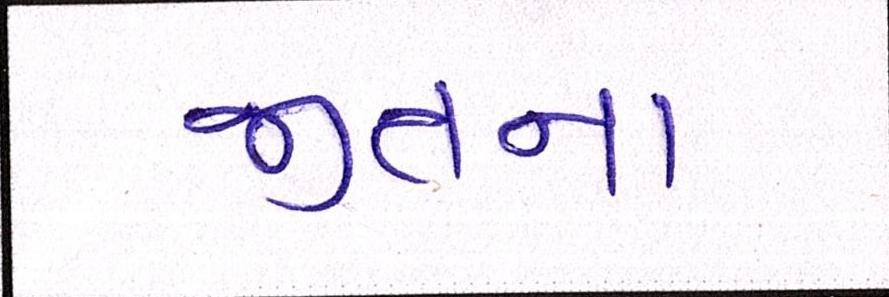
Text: જીતના